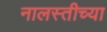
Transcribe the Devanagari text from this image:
नालस्तीच्या